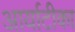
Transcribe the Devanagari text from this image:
आर्याटीका